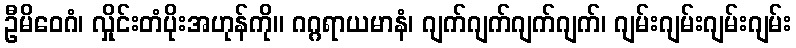
ဦမိဝေဂံ၊ လှိုင်းတံပိုးအဟုန်ကို။ ဂဂ္ဂရာယမာနံ၊ ဂျက်ဂျက်ဂျက်ဂျက်၊ ဂျမ်းဂျမ်းဂျမ်းဂျမ်း